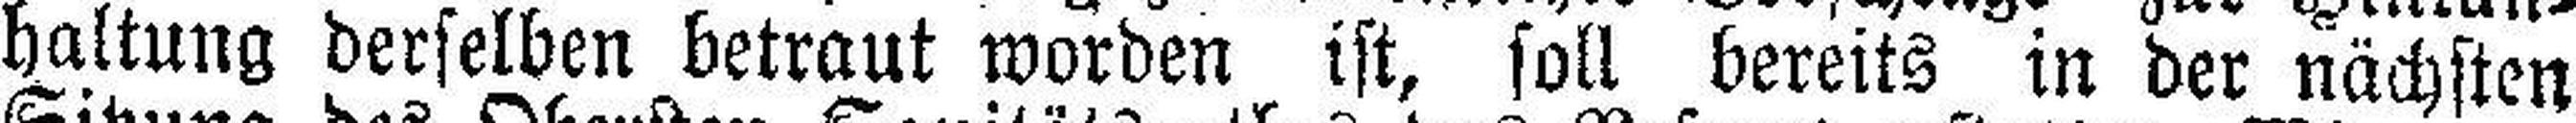
haltung derselben betraut worden ist, soll bereits in der nächsten